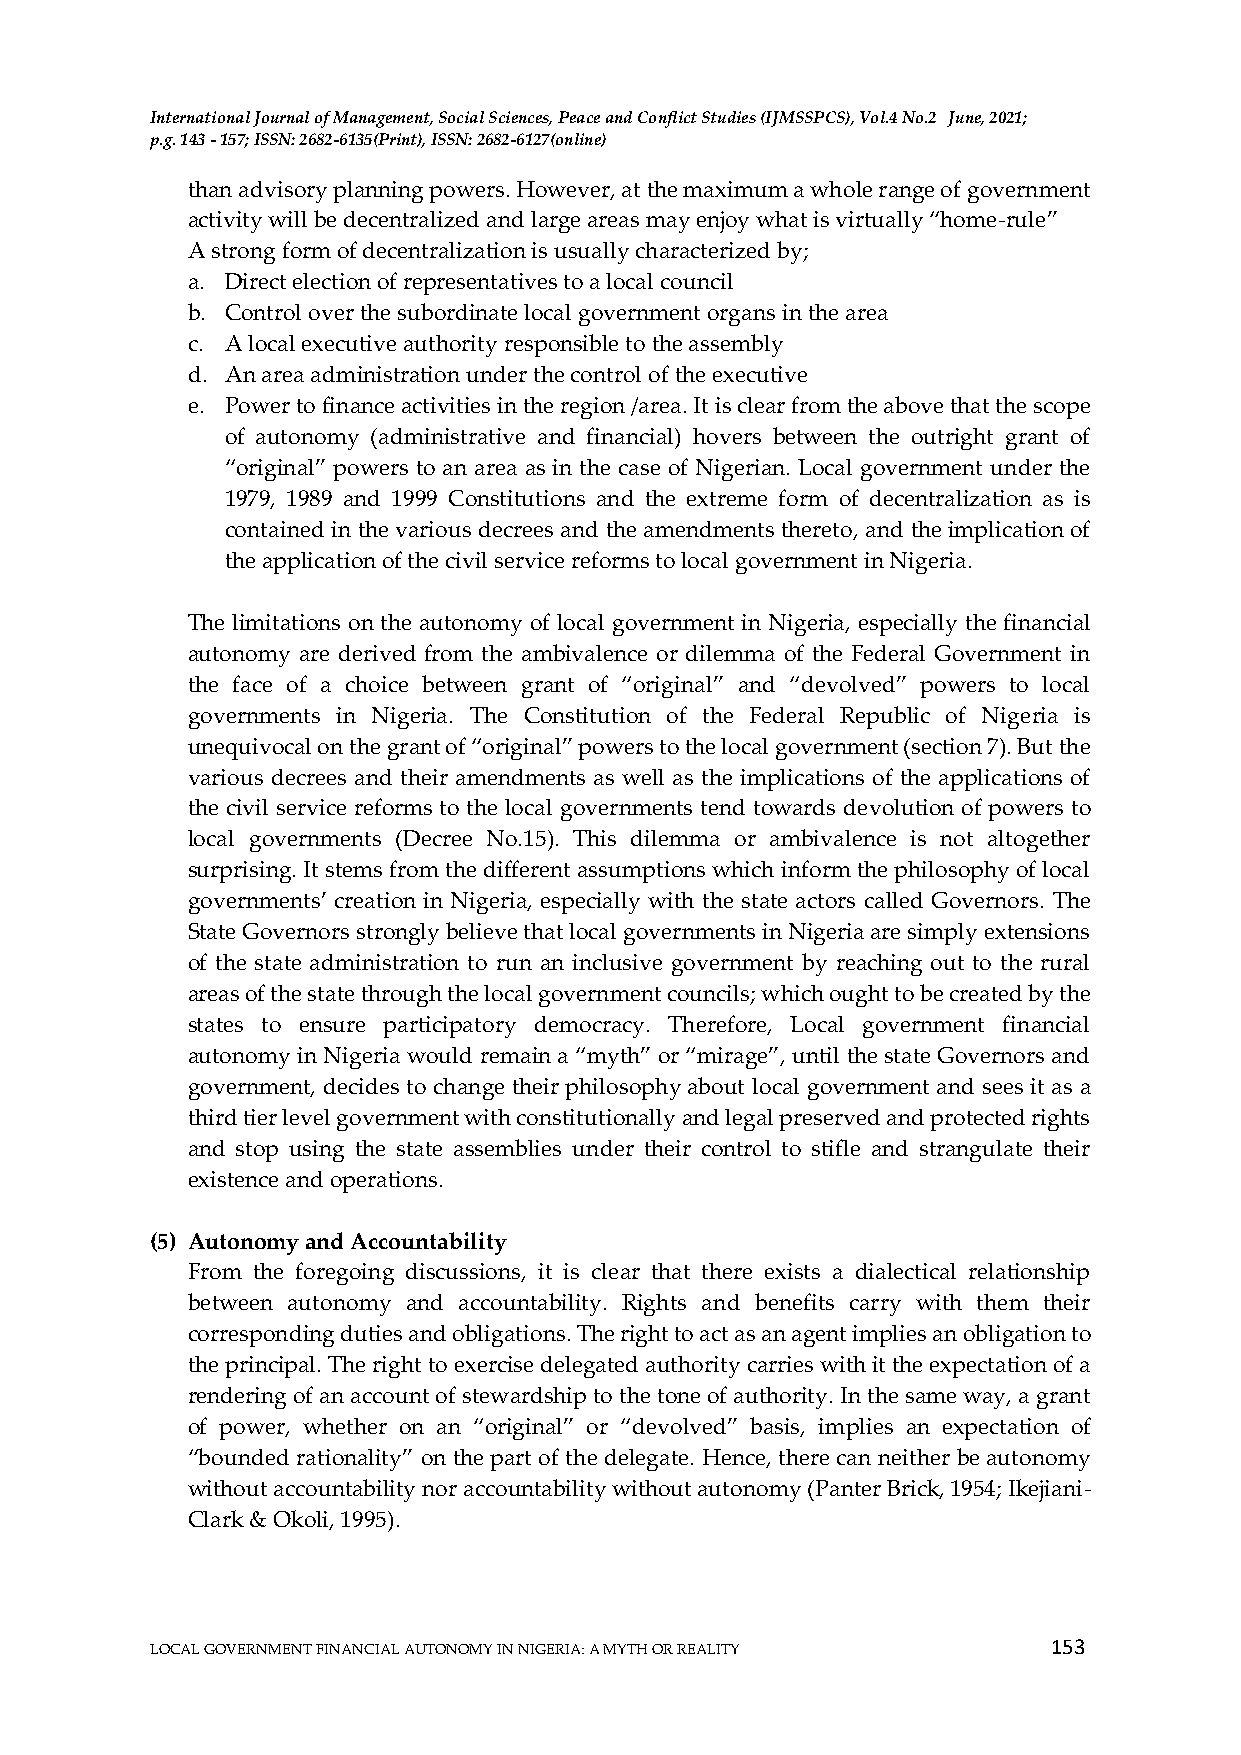
International Journal of Management, Social Sciences, Peace and Conflict Studies (IJMSSPCS), Vol.4 No.2 June, 2021;
 p.g. 143 - 157; ISSN: 2682-6135(Print), ISSN: 2682-6127(online)
 than advisory planning powers. However, at the maximum a whole range of government
 activity will be decentralized and large areas may enjoy what is virtually “home-rule”
 A strong form of decentralization is usually characterized by;
 a. Direct election of representatives to a local council
 b. Control over the subordinate local government organs in the area
 c. A local executive authority responsible to the assembly
 d. An area administration under the control of the executive
 e. Power to finance activities in the region /area. It is clear from the above that the scope
 of autonomy (administrative and financial) hovers between the outright grant of
 “original” powers to an area as in the case of Nigerian. Local government under the
 1979, 1989 and 1999 Constitutions and the extreme form of decentralization as is
 contained in the various decrees and the amendments thereto, and the implication of
 the application of the civil service reforms to local government in Nigeria.
 The limitations on the autonomy of local government in Nigeria, especially the financial
 autonomy are derived from the ambivalence or dilemma of the Federal Government in
 the face of a choice between grant of “original” and “devolved” powers to local
 governments in Nigeria. The Constitution of the Federal Republic of Nigeria is
 unequivocal on the grant of “original” powers to the local government (section 7). But the
 various decrees and their amendments as well as the implications of the applications of
 the civil service reforms to the local governments tend towards devolution of powers to
 local governments (Decree No.15). This dilemma or ambivalence is not altogether
 surprising. It stems from the different assumptions which inform the philosophy of local
 governments’ creation in Nigeria, especially with the state actors called Governors. The
 State Governors strongly believe that local governments in Nigeria are simply extensions
 of the state administration to run an inclusive government by reaching out to the rural
 areas of the state through the local government councils; which ought to be created by the
 states to ensure participatory democracy. Therefore, Local government financial
 autonomy in Nigeria would remain a “myth” or “mirage”, until the state Governors and
 government, decides to change their philosophy about local government and sees it as a
 third tier level government with constitutionally and legal preserved and protected rights
 and stop using the state assemblies under their control to stifle and strangulate their
 existence and operations.
 (5) Autonomy and Accountability
 From the foregoing discussions, it is clear that there exists a dialectical relationship
 between autonomy and accountability. Rights and benefits carry with them their
 corresponding duties and obligations. The right to act as an agent implies an obligation to
 the principal. The right to exercise delegated authority carries with it the expectation of a
 rendering of an account of stewardship to the tone of authority. In the same way, a grant
 of power, whether on an “original” or “devolved” basis, implies an expectation of
 “bounded rationality” on the part of the delegate. Hence, there can neither be autonomy
 without accountability nor accountability without autonomy (Panter Brick, 1954; Ikejiani-
 Clark & Okoli, 1995).
 153
 LOCAL GOVERNMENT FINANCIAL AUTONOMY IN NIGERIA: A MYTH OR REALITY